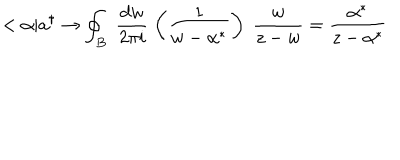
< \alpha | a ^ { \dagger } \rightarrow \oint _ { B } \; \frac { d w } { 2 \pi i } \; \left( \frac 1 { w - \alpha ^ { * } } \right) \; \frac w { z - w } = \frac { \alpha ^ { * } } { z - \alpha ^ { * } }